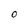
Character: O